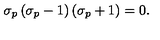
\sigma _ { p } \left( \sigma _ { p } - 1 \right) \left( \sigma _ { p } + 1 \right) = 0 .